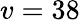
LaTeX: v=38